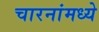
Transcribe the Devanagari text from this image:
चारनांमध्ये